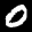
Label: 0